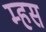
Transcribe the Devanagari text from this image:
म्हस